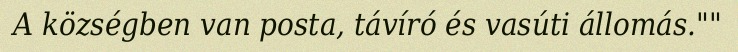
A községben van posta, távíró és vasúti állomás.""